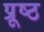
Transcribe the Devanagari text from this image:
प्रूष्ठ